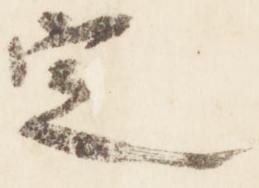
定